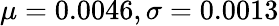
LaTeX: \mu=0.0046,\sigma=0.0013